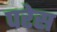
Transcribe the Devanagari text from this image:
परेस